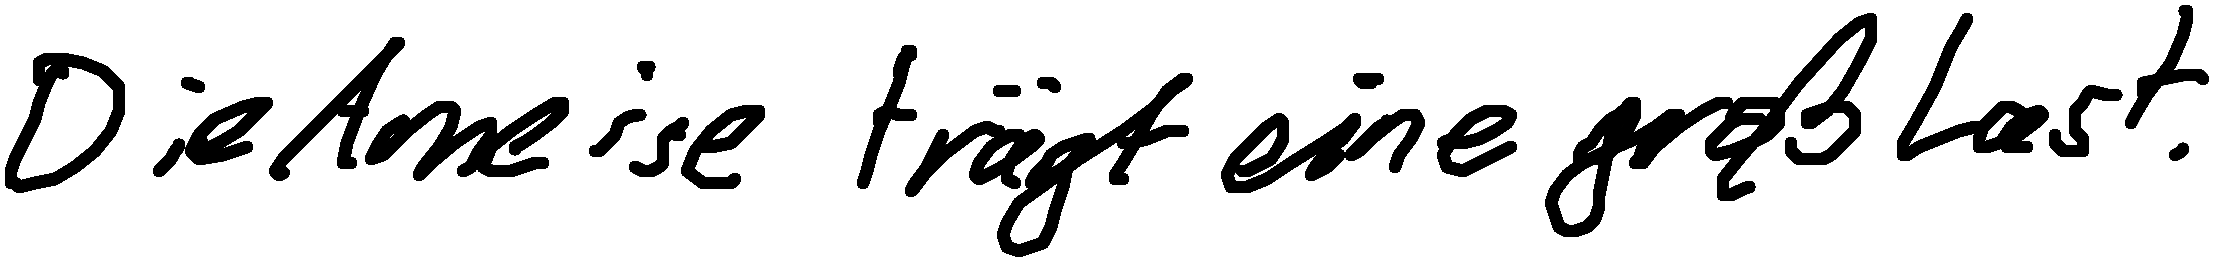
Die Ameise trägt eine große Last.